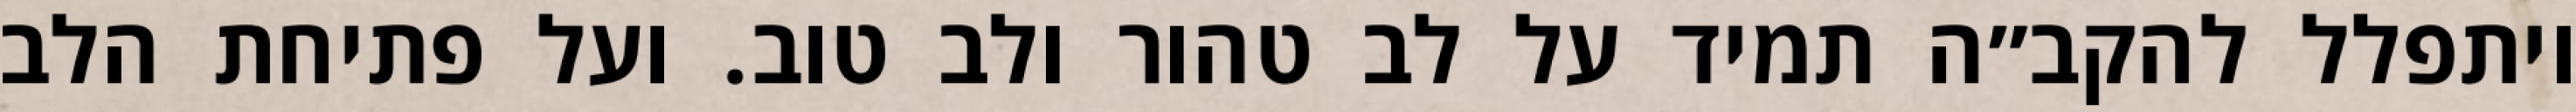
ויתפלל להקב״ה תמיד על לב טהור ולב טוב. ועל פתיחת הלב